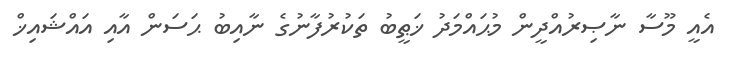
އެއީ މޫސާ ނާޞިރުއްދީން މުޙައްމަދު ޚަޠީބު ތަކުރުފާނުގެ ނާއިބު ޙަސަން އާއި އައްޝައިޚް